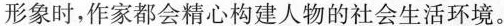
形象时，作家都会精心构建人物的社会生活环境。